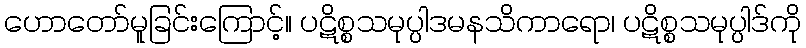
ဟောတော်မူခြင်းကြောင့်။ ပဋိစ္စသမုပ္ပါဒမနသိကာရော၊ ပဋိစ္စသမုပ္ပါဒ်ကို